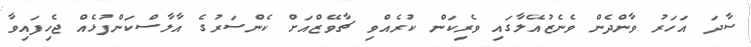
ސާދަ އަހަރު ވާންދެން ވެނެޒުއޭލާގައި ވެރިކަން ކުރެއްވި ޗާވޭޒްއަށް ކެންސަރުގެ އާލާސްކަންފުޅެއް ޖެހިފައިވާ